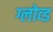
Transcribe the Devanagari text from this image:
ग्लोव्ड